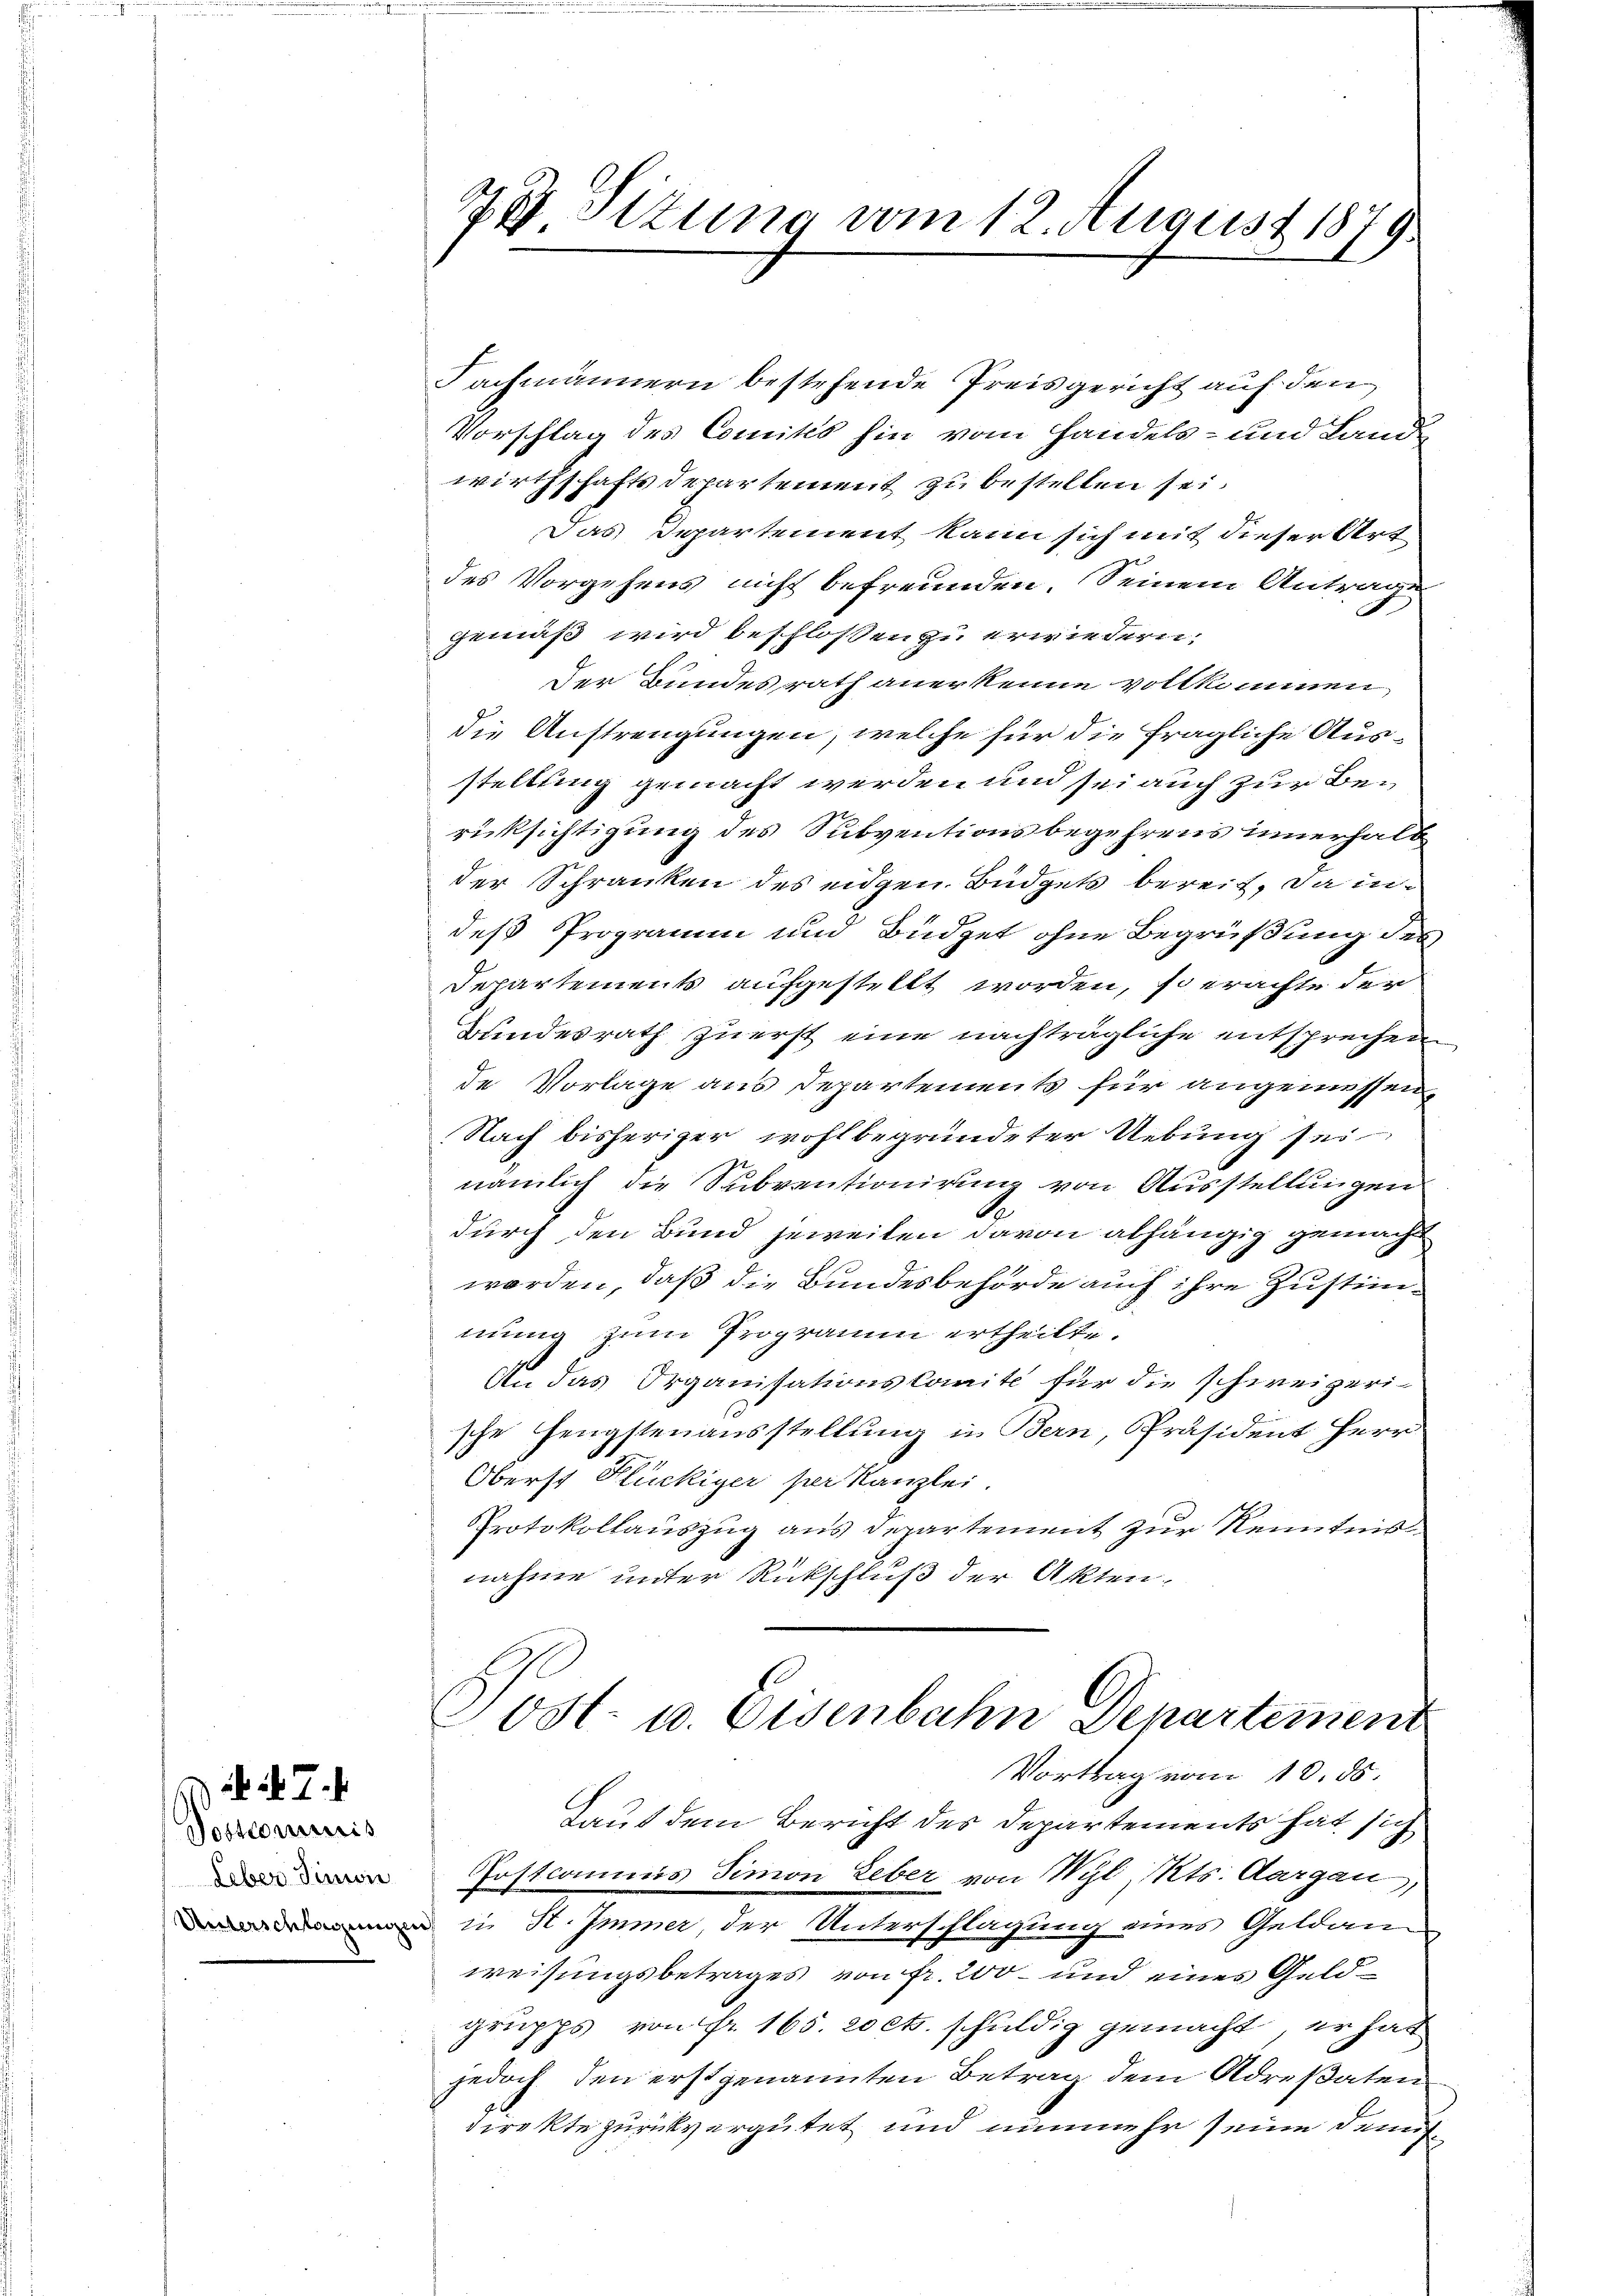
Dostcominis
Leber Simon

i 7.

e Sitzung vom 12. August 1879

Fachmännern bestehende Preisgericht auf den
Vorschlag des Comités hin vom Handels- und Land-
wirthschafts Departement zu bestellen sei.
Das Departement kann sich mit dieser Art
des Vorgehens nicht befreunden. Seinem Antrage
gemäß wird beschlossen zu erwiedern.
der Bundesrath anerkenne vollkommen,
die Anstrengungen, welche für die fragliche Ausstellung gemacht werden und sei auch zur Berücksichtigung des Subventionsbegehrens innerhalb
der Schranken des eidgen. Büdgets bereit, da indeß Programm und Büdget ohne Begrüßung des
Departements aufgestellt worden, so erachte der
Bundesrath zuerst eine nachträgliche entsprechen
de Vorlage aus Departements für angemessen,
Nach bisheriger wohlbegründeter Uebung sei
nämlich die Subventionirung von Ausstellungen
durch den Bund jeweilen davon abhängig gemacht
worden, daß die Bundesbehörde auch ihre Zustimmung zum Programm ertheilte.
An das Organisationskomite für die schweizeri-
sche Hengstenausstellung in Bern, Präsident Herr
Oberst Flückiger per Kanzlei.
Protokollauszug aus Departement zur Kenntnis
nahme unter Rückschluß der Akten.
Sost- u. Eisenbahn Departement
Vortrag vom 10. ds.
Laut dem Bericht des Departements hat sich
Postcommis Simon Leber von Wyl, Kts. Aargau,
 in H. Immer, der Unterschlagung eines Geldanweisungsbetrages von fr. 200 und eines Geldgrupps, von fr. 165. 20 cts. schuldig gemacht, er hat
jedoch den erstgenannten Betrag dem Adresaten
direkte zurückvergütet und nunmehr seine Demis¬